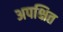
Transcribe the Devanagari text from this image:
अपक्षित